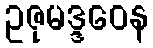
ဥဇုမဒ္ဒဝေန